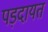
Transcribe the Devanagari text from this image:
पड़दायत